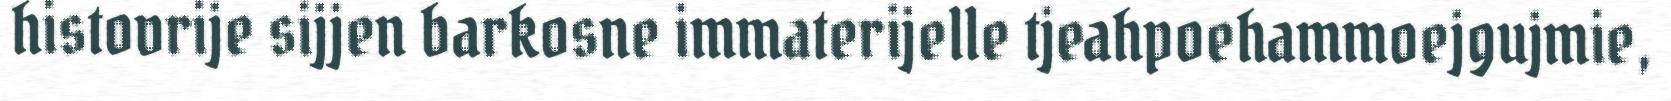
histovrije sijjen barkosne immaterijelle tjeahpoehammoejgujmie,